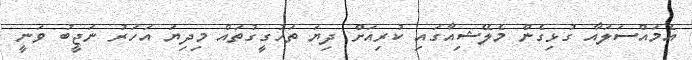
އެމައްސަލައާ ގުޅިގެން މެލޭޝިއާގައި ކުރިއަށް ދިޔަ ތަހުގީގުތައް މިދިޔަ އަހަރު ނަޖީބު ވަނީ